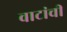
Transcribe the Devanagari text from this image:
वाटांची